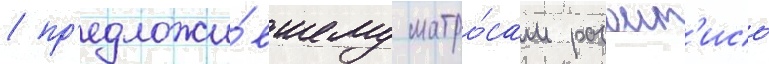
/ пр'едложи́вшему матро́сам разоит'ись